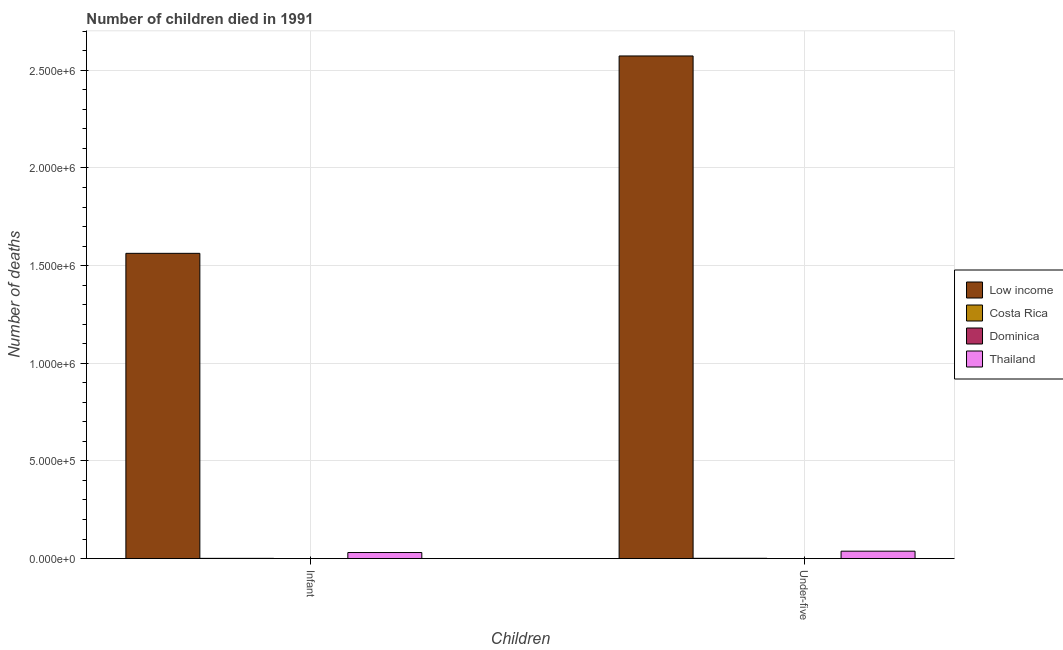
| Children | Low income | Costa Rica | Dominica | Thailand |
 | --- | --- | --- | --- | --- |
 | Infant | 1.56e+06 | 1.15e+03 | 17 | 3.1e+04 |
 | Under-five | 2.57e+06 | 1.35e+03 | 21 | 3.78e+04 |